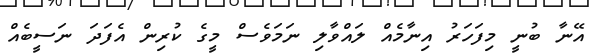
އޭނާ ބުނީ މިފަހަރު އިނާމެއް ލައްވާލި ނަމަވެސް މީގެ ކުރިން އެފަދަ ނަސީބެއް